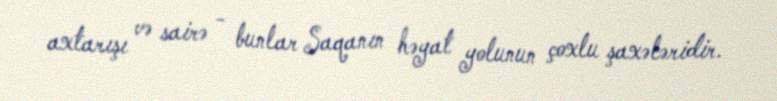
axtarışı və sairə - bunlar Saqanın həyat yolunun çoxlu şaxələridir.